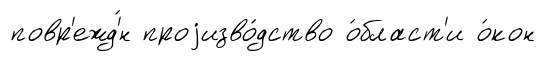
повр'ежд'́н проjизво́дство о́бласт'и о́кон